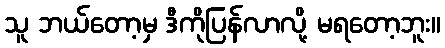
သူ ဘယ်တော့မှ ဒီကိုပြန်လာလို့ မရတော့ဘူး။